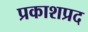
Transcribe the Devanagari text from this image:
प्रकाशप्रद